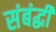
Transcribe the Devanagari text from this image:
संबंद्घी